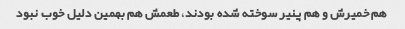
هم خمیرش و هم پنیر سوخته شده بودند، طعمش هم بهمین دلیل خوب نبود